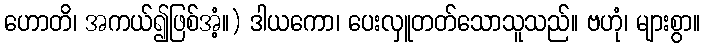
ဟောတိ၊ အကယ်၍ဖြစ်အံ့။) ဒါယကော၊ ပေးလှူတတ်သောသူသည်။ ဗဟုံ၊ များစွာ။